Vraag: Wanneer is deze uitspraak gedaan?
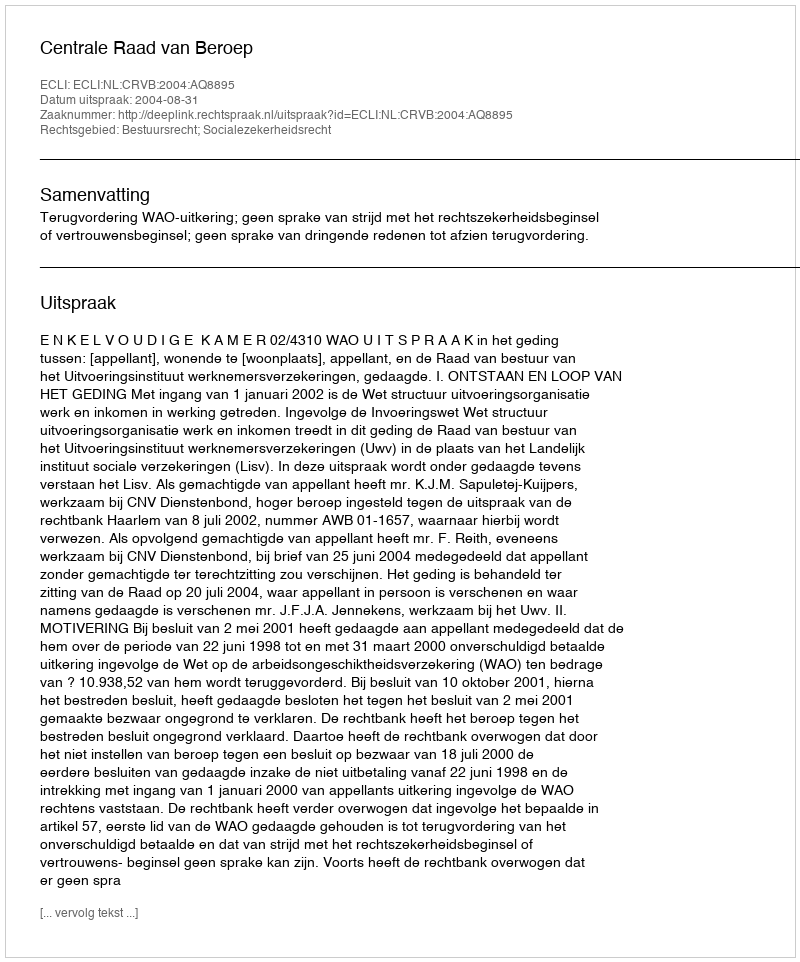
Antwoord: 2004-08-31